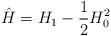
LaTeX: \begin{align*}\hat H=H_1-\frac{1}{2}H_0^2\end{align*}